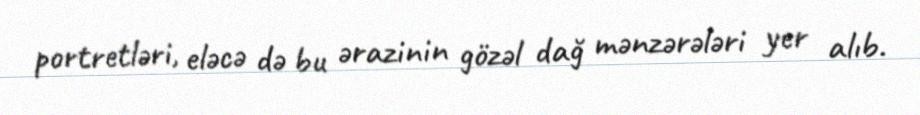
portretləri, eləcə də bu ərazinin gözəl dağ mənzərələri yer alıb.